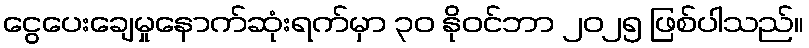
ငွေပေးချေမှုနောက်ဆုံးရက်မှာ ၃၀ နိုဝင်ဘာ ၂၀၂၅ ဖြစ်ပါသည်။